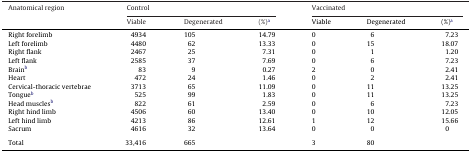
<table><thead><tr><td><b>Anatomical region</b></td><td colspan="3"><b>Control</b></td><td colspan="3"><b>Vaccinated</b></td></tr><tr><td></td><td><b>Viable</b></td><td><b>Degenerated</b></td><td><b>(%)a</b></td><td><b>Viable</b></td><td><b>Degenerated</b></td><td><b>(%)a</b></td></tr></thead><tbody><tr><td>Right forelimb</td><td>4934</td><td>105</td><td>14.79</td><td>0</td><td>6</td><td>7.23</td></tr><tr><td>Left forelimb</td><td>4480</td><td>62</td><td>13.33</td><td>0</td><td>15</td><td>18.07</td></tr><tr><td>Right flank</td><td>2467</td><td>25</td><td>7.31</td><td>0</td><td>1</td><td>1.20</td></tr><tr><td>Left flank</td><td>2585</td><td>37</td><td>7.69</td><td>0</td><td>6</td><td>7.23</td></tr><tr><td>Brainb</td><td>83</td><td>9</td><td>0.27</td><td>2</td><td>0</td><td>2.41</td></tr><tr><td>Heart</td><td>472</td><td>24</td><td>1.46</td><td>0</td><td>2</td><td>2.41</td></tr><tr><td>Cervical-thoracic vertebrae</td><td>3713</td><td>65</td><td>11.09</td><td>0</td><td>11</td><td>13.25</td></tr><tr><td>Tongueb</td><td>525</td><td>99</td><td>1.83</td><td>0</td><td>11</td><td>13.25</td></tr><tr><td>Head musclesb</td><td>822</td><td>61</td><td>2.59</td><td>0</td><td>6</td><td>7.23</td></tr><tr><td>Right hind limb</td><td>4506</td><td>60</td><td>13.40</td><td>0</td><td>10</td><td>12.05</td></tr><tr><td>Left hind limb</td><td>4213</td><td>86</td><td>12.61</td><td>1</td><td>12</td><td>15.66</td></tr><tr><td>Sacrum</td><td>4616</td><td>32</td><td>13.64</td><td>0</td><td>0</td><td>0</td></tr><tr><td colspan="7">  </td></tr><tr><td>Total</td><td>33,416</td><td>665</td><td></td><td>3</td><td>80</td><td></td></tr></tbody></table>